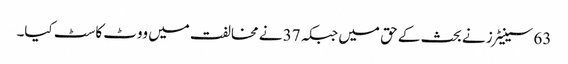
63 سینیٹرز نے بحث کے حق میں جبکہ 37 نے مخالفت میں ووٹ کاسٹ کیا۔